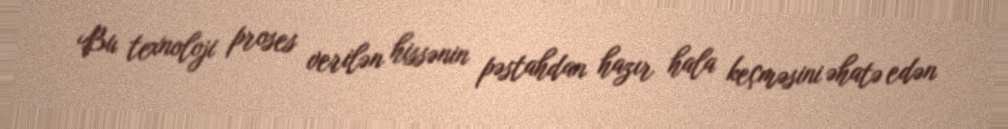
Bu texnoloji proses verilən hissənin pəstahdan hazır hala keçməsini əhatə edən